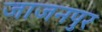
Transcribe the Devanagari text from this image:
जाजनपुर